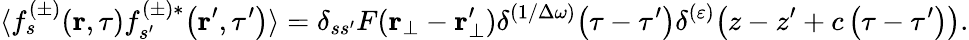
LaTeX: \langle f_{s}^{(\pm)}\! \left(\textbf{r},\tau\right)f_{s^{\prime}}^{(\pm)*}\! \left(\textbf{r}^{\prime},\tau^{\prime}\right)\rangle=\delta_{ss^{\prime}}F(\textbf{r}_{\bot}-\textbf{r}_{\bot}^{\prime})\delta^{(1/\Delta\omega)}\! \left(\tau-\tau^{\prime}\right)\delta^{(\varepsilon)}\! \left(z-z^{\prime}+c\left(\tau-\tau^{\prime}\right)\right).